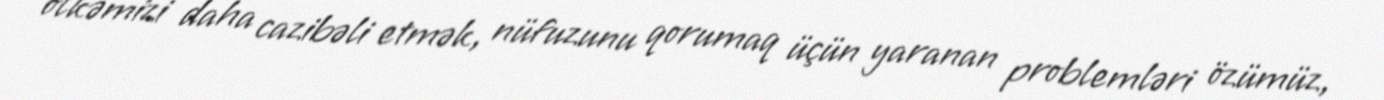
ölkəmizi daha cazibəli etmək, nüfuzunu qorumaq üçün yaranan problemləri özümüz,